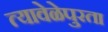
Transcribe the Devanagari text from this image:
त्यावेळेपुरता